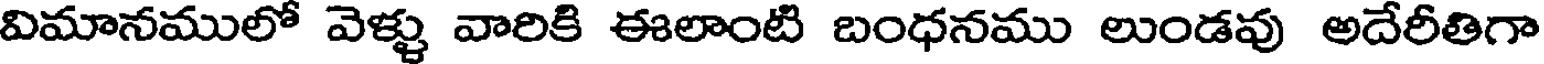
విమానములో వెళ్ళు వారికి ఈలాంటి బంధనము లుండవు అదేరీతిగా